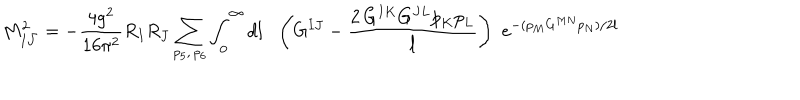
M _ { I { \bar { J } } } ^ { 2 } = - \frac { 4 g ^ { 2 } } { 1 6 \pi ^ { 2 } } R _ { I } R _ { J } \sum _ { p _ { 5 } , \, p _ { 6 } } \int _ { 0 } ^ { \infty } d l \, \, \, \, \left( G ^ { I J } - \frac { 2 \, G ^ { I K } G ^ { J L } { p } _ { K } { p } _ { L } } { l } \right) \, \, e ^ { - ( p _ { M } G ^ { M N } p _ { N } ) / 2 l }